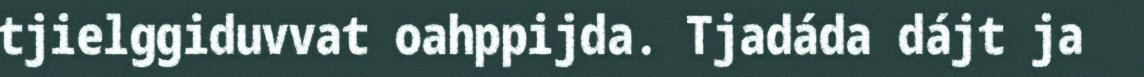
tjielggiduvvat oahppijda. Tjadáda dájt ja